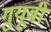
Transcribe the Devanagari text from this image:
गुयूबी